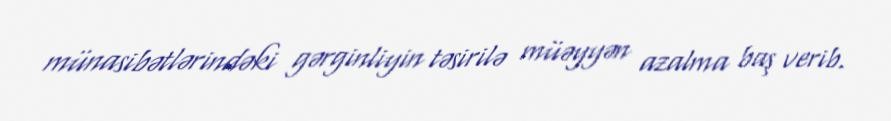
münasibətlərindəki gərginliyin təsirilə müəyyən azalma baş verib.